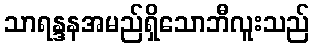
သာရန္ဒနအမည်ရှိသောဘီလူးသည်